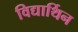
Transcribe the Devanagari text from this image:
विद्यार्थिन